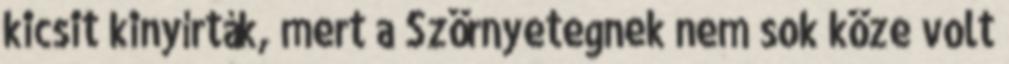
kicsit kinyírták, mert a Szörnyetegnek nem sok köze volt